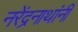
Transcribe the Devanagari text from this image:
नरेंद्रनाथांनी